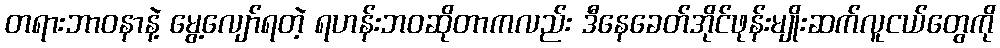
တရားဘာဝနာနဲ့ မွေ့လျော်ရတဲ့ ရဟန်းဘဝဆိုတာကလည်း ဒီနေခေတ်အိုင်ဖုန်းမျိုးဆက်လူငယ်တွေကို